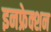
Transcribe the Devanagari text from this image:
इनफ्रेक्शन